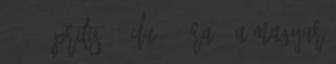
1945. április 8. du. 4 óra – A Magyar